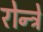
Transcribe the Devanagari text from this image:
रोन्ट्रे